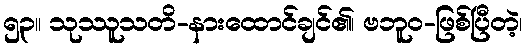
၅၃။ သုဿူသတိ-နားထောင်ချင်၏၊ ဗဘူဝ-ဖြစ်ပြီတဲ့၊